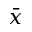
\bar { x }